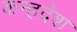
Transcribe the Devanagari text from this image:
कन्हदेश